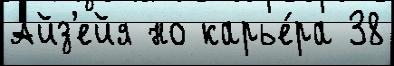
Айз'ейя но карье́ра 38